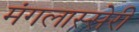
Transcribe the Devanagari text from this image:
मंगलास्सेरी